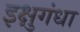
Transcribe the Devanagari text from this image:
इक्षुगंधा